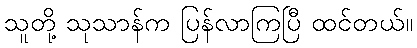
သူတို့ သုသာန်က ပြန်လာကြပြီ ထင်တယ်။